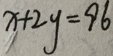
x + 2 y = 9 6